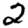
Digit: 2